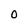
Character: O